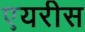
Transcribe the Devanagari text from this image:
एयरीस